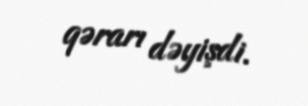
qərarı dəyişdi.